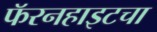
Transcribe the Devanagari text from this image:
फॅरनहाइटचा